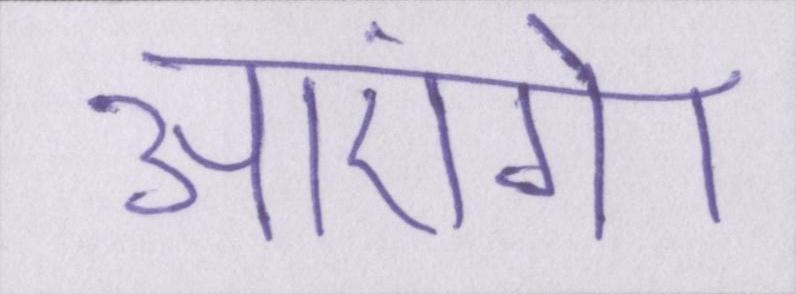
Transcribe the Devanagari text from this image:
आएंगे।